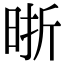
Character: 晣